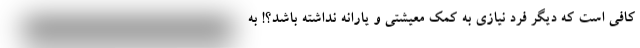
کافی است که دیگر فرد نیازی به کمک معیشتی و یارانه نداشته باشد؟! به